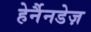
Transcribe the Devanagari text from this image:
हेर्नैनडेज़